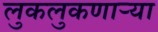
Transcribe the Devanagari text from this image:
लुकलुकणार्‍या